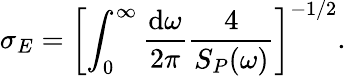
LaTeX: \sigma_{E}=\left[\int_{0}^{\infty}\frac{\mathrm{d}\omega}{2\pi}\frac{4}{S_{P}(\omega)}\right]^{-1/2}.